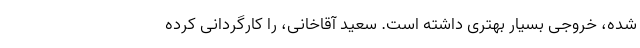
شده، خروجی بسیار بهتری داشته است. سعید آقاخانی، را کارگردانی کرده